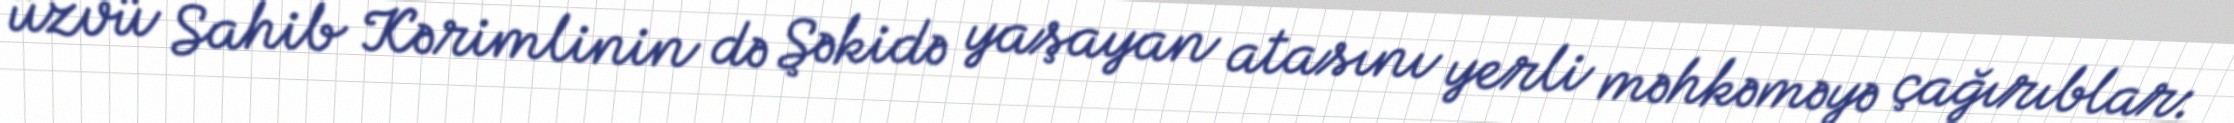
üzvü Sahib Kərimlinin də Şəkidə yaşayan atasını yerli məhkəməyə çağırıblar: